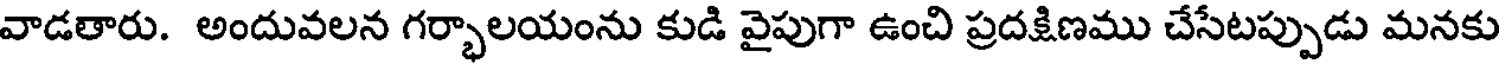
వాడతారు. అందువలన గర్భాలయంను కుడి వైపుగా ఉంచి ప్రదక్షిణము చేసేటప్పుడు మనకు